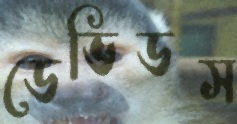
ডেভিডস